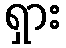
ရှား